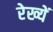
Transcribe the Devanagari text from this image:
रेख्यें